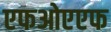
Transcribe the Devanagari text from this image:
एफओएएफ